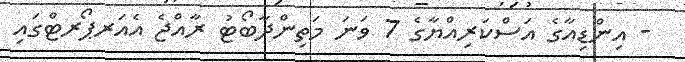
- އިންޑިއާގެ އަސްކަރިއްޔާގެ 7 ވަނަ މަތިންދާބޯޓު ރާއްޖެ އެއަރޕޯރޓްގައި